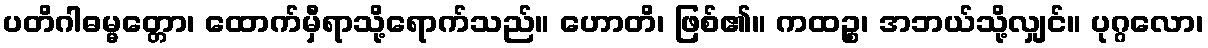
ပတိဂါဓမ္မတ္တော၊ ထောက်မှီရာသို့ရောက်သည်။ ဟောတိ၊ ဖြစ်၏။ ကထဉ္စ၊ အဘယ်သို့လျှင်။ ပုဂ္ဂလော၊